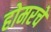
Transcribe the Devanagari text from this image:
होमरचे